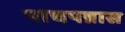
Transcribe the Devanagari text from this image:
पाचपन्नास